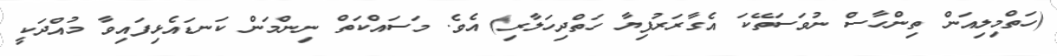
(ހަތްމިލިއަން ތިންހާސް ނުވަސަތޭކަ އެގާރަރުފިޔާ ހަތްދިހަލާރި) އެވެ. މަސައްކަތް ނިންމަން ކަނޑައެޅިފައިވާ މުއްދަކީ